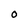
Character: O